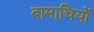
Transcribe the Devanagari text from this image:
बामाचियों